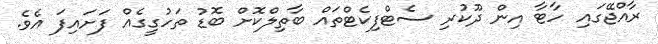
ރާއްޖޭގައި ހާޓާ އިން ދޫކުރި ސެޓްފިކެޓްތައް ބާތިލްކޮށް ބޮޑު ތަހުގީގެއް ފަށައިފަ އެވެ.